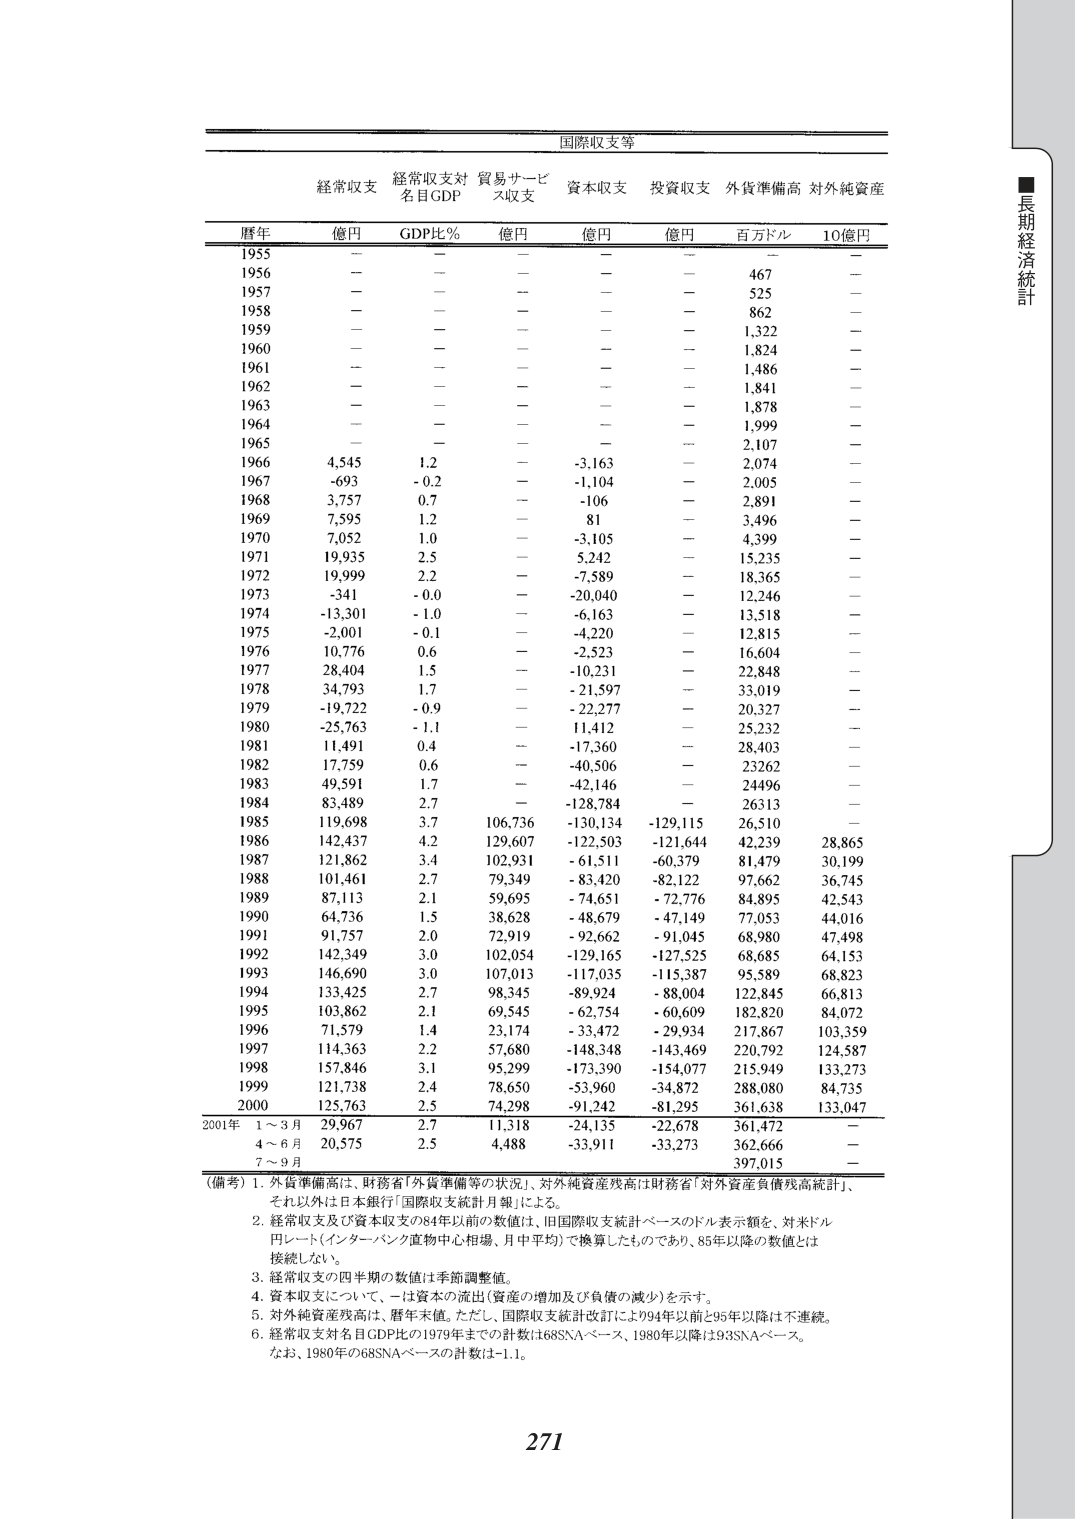
国際収支等

経常収支 経常収支対 貿易サービス収支 資本収支 投資収支 外貨準備高 対外純資産
名目GDP

暦年 億円 GDP比％ 億円 億円 億円 百万ドル 10億円

1955 — — — — — — —
1956 — — — — — 467 —
1957 — — — — — 525 —
1958 — — — — — 862 —
1959 — — — — — 1,322 —
1960 — — — — — 1,824 —
1961 — — — — — 1,486 —
1962 — — — — — 1,841 —
1963 — — — — — 1,878 —
1964 — — — — — 1,999 —
1965 — — — — — 2,107 —
1966 4,545 1.2 — -3,163 — 2,074 —
1967 -693 -0.2 — -1,104 — 2,005 —
1968 3,757 0.7 — -106 — 2,891 —
1969 7,595 1.2 — 81 — 3,496 —
1970 7,052 1.0 — -3,105 — 4,399 —
1971 19,935 2.5 — 5,242 — 15,235 —
1972 19,999 2.2 — -7,589 — 18,365 —
1973 -341 -0.0 — -20,040 — 12,246 —
1974 -13,301 -1.0 — -6,163 — 13,518 —
1975 -2,001 -0.1 — -4,220 — 12,815 —
1976 10,776 0.6 — -2,523 — 16,604 —
1977 28,404 1.5 — -10,231 — 22,848 —
1978 34,793 1.7 — -21,597 — 33,019 —
1979 -19,722 -0.9 — -22,277 — 20,327 —
1980 -25,763 -1.1 — 11,412 — 25,232 —
1981 11,491 0.4 — -17,360 — 28,403 —
1982 17,759 0.6 — -40,506 — 23262 —
1983 49,591 1.7 — -42,146 — 24496 —
1984 83,489 2.7 — -128,784 — 26313 —
1985 119,698 3.7 106,736 -130,134 -129,115 26,510 —
1986 142,437 4.2 129,607 -122,503 -121,644 42,239 28,865
1987 121,862 3.4 102,931 -61,511 -60,379 81,479 30,199
1988 101,461 2.7 79,349 -83,420 -82,122 97,662 36,745
1989 87,113 2.1 59,695 -74,651 -72,776 84,895 42,543
1990 64,736 1.5 38,628 -48,679 -47,149 77,053 44,016
1991 91,757 2.0 72,919 -92,662 -91,045 68,980 47,498
1992 142,349 3.0 102,054 -129,165 -127,525 68,685 64,153
1993 146,690 3.0 107,013 -117,035 -115,387 95,589 68,823
1994 133,425 2.7 98,345 -89,924 -88,004 122,845 66,813
1995 103,862 2.1 69,545 -62,754 -60,609 182,820 84,072
1996 71,579 1.4 23,174 -33,472 -29,934 217,867 103,359
1997 114,363 2.2 57,680 -148,348 -143,469 220,792 124,587
1998 157,846 3.1 95,299 -173,390 -154,077 215,949 133,273
1999 121,738 2.4 78,650 -53,960 -34,872 288,080 84,735
2000 125,763 2.5 74,298 -91,242 -81,295 361,638 133,047
2001年 1～3月 29,967 2.7 11,318 -24,135 -22,678 361,472 —
4～6月 20,575 2.5 4,488 -33,911 -33,273 362,666 —
7～9月 397,015 —
（備考）1. 外貨準備高は、財務省「外貨準備等の状況」、対外純資産残高は財務省「対外資産負債残高統計」、
それ以外は日本銀行「国際収支統計月報」による。
2. 経常収支及び資本収支の84年以前の数値は、旧国際収支統計ベースのドル表示額を、対米ドル
円レート（インターバンク直物中心相場、月中平均）で換算したものであり、85年以降の数値とは
接続しない。
3. 経常収支の四半期の数値は季節調整値。
4. 資本収支については、一是資本の流出（資産の増加及び負債の減少）を示す。
5. 対外純資産残高は、暦年末値。ただし、国際収支統計改訂により94年以前と95年以降は不連続。
6. 経常収支対名目GDP比の1979年までの計数は68SNAベース、1980年以降は93SNAベース。
なお、1980年の68SNAベースの計数は-1.1。

■長期経済統計

271